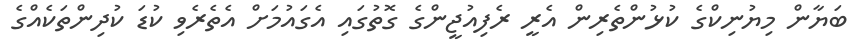
ބަޔާން މިޔުނިކްގެ ކުޅުންތެރިން އެރީ ރެފިއުޖީންގެ ގޮތުގައި އެގައުމަށް އެތެރެވި ކުޑަ ކުދިންތަކެއްގެ